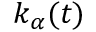
k _ { \alpha } ( t )